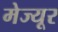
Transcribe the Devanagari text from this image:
मेज्यूर